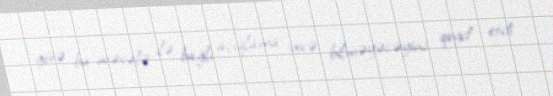
görə bu məsələ ilə bağlı açıqlama verə bilməyəcəyini qeyd etdi: